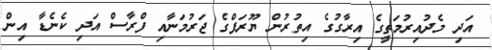
އަދި މެދުއިރުމަތީގެ އިރާގުގެ އިތުރުން ޔޫރަޕްގެ ޖަރުމަނާއި ފްރާސް އަދި ކެނެޑާ އިން